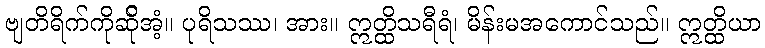
ဗျတိရိက်ကိုဆ်ိုအံ့။ ပုရိသဿ၊ အား။ ဣတ္ထိသရီရံ၊ မိန်းမအကောင်သည်။ ဣတ္ထိယာ